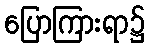
ပြောကြားရာ၌